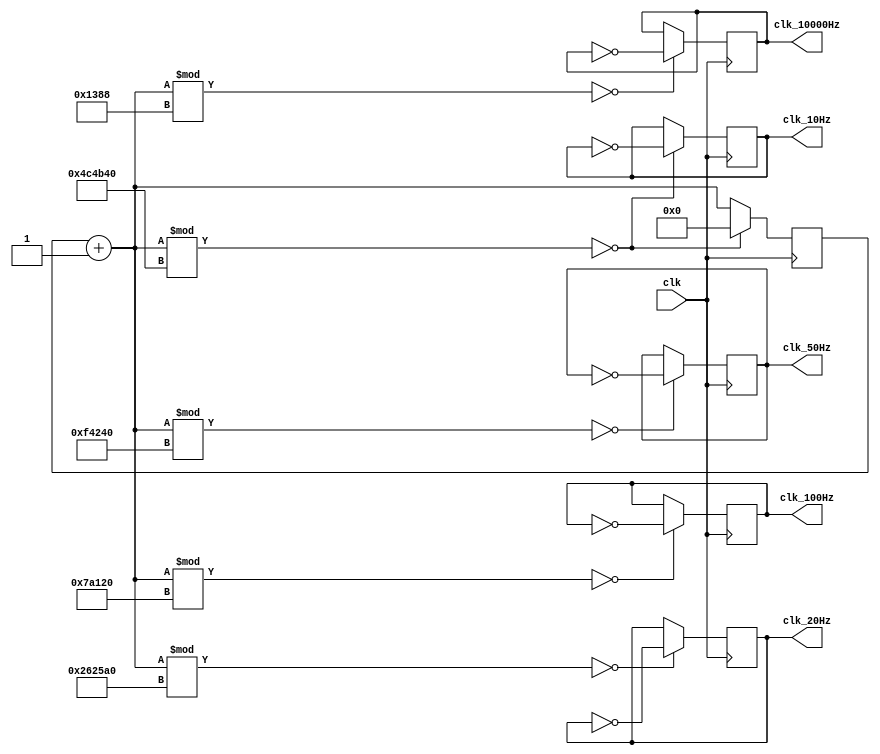
`timescale 1ns / 1ps
//////////////////////////////////////////////////////////////////////////////////
// Company: 
// Engineer: 
// 
// Design Name: 
// Module Name: Divider
// Project Name: 
// Target Devices: 
// Tool Versions: 
// Description: 
// 
// Dependencies: 
// 
// Revision:
// Revision 0.01 - File Created
// Additional Comments:
// 
//////////////////////////////////////////////////////////////////////////////////


module Divider(clk, clk_10Hz, clk_20Hz, clk_50Hz, clk_100Hz, clk_10000Hz);
	input clk;
	output reg clk_10Hz, clk_20Hz, clk_50Hz, clk_100Hz, clk_10000Hz;
	reg [31:0] counter;
    parameter N1 = 5_000_000, N2 = 2_500_000, N3 = 1_000_000, N4 = 500_000, N5 = 5_000;
    //parameter N1 = 2, N2 = 2, N3 = 2, N4 = 2, N5 = 2;
	initial begin 
		clk_10Hz = 0;
        clk_20Hz = 0;
        clk_50Hz = 0;
        clk_100Hz = 0;
		clk_10000Hz = 0;
		counter = 0;
	end
	always@(posedge clk)begin
        counter = counter+1;
        if(counter%N5 == 0)begin
            clk_10000Hz = ~clk_10000Hz;
        end
        if(counter%N4 == 0)begin
            clk_100Hz = ~clk_100Hz;
        end
        if(counter%N3 == 0)begin
            clk_50Hz = ~clk_50Hz;
        end
        if(counter%N2 == 0)begin
            clk_20Hz = ~clk_20Hz;
        end
        if(counter%N1 == 0)begin
            clk_10Hz = ~clk_10Hz;
            counter = 0;
        end
	end
	
endmodule